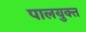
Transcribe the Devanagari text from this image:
पालयुक्त